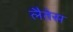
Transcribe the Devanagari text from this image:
लैतेस